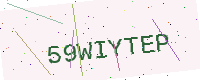
Text: 59WIYTEP